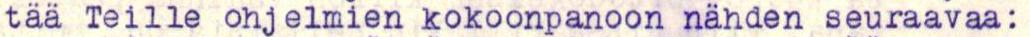
tää Teille ohjelmien kokoonpanoon nähden seuraavaa: